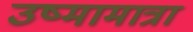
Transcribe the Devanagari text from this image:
उष्मामात्रा